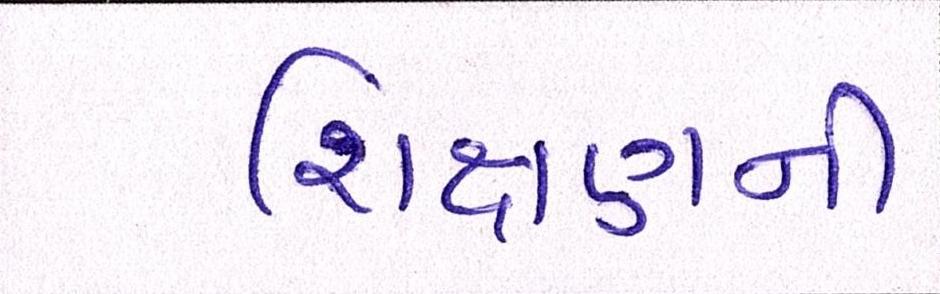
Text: શિક્ષણની